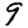
Digit: 9